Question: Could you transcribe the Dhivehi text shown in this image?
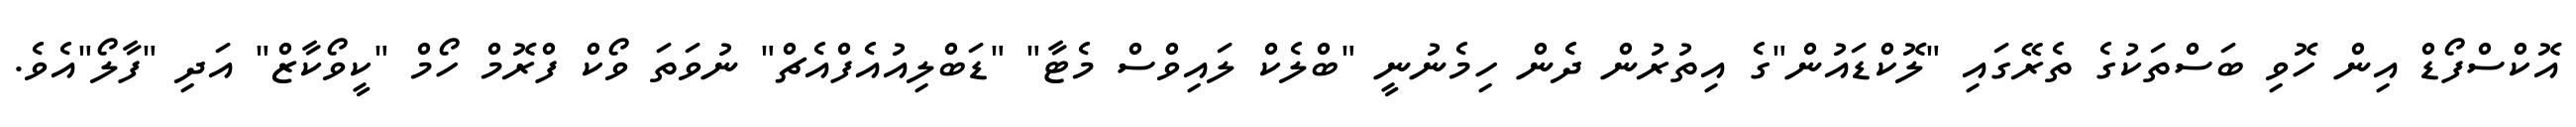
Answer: އޮކްސްފޯޑް އިން ހޮވި ބަސްތަކުގެ ތެރޭގައި "ލޮކްޑައުން"ގެ އިތުރުން ދެން ހިމެނުނީ "ބްލެކް ލައިވްސް މެޓާ" "ޑަބްލިއުއެފްއެޗް" ނުވަތަ ވޯކް ފްރޮމް ހޯމް "ކީވޯކާޒް" އަދި "ފާލޯ"އެވެ.